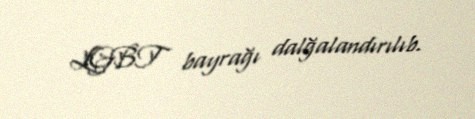
LGBT bayrağı dalğalandırılıb.